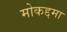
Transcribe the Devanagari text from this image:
मोकद्दमा